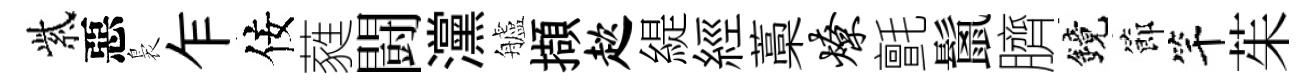
紫惡裊乍佞蕤闘灙艫擷趑緹經藁燎氈鬛臍鏡節竿茱